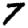
Digit: 7